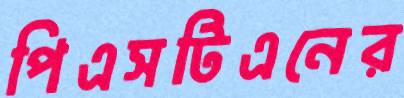
পিএসটিএনের